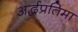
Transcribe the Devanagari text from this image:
अर्द्धप्रतिमा